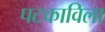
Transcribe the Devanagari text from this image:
पटकाविला